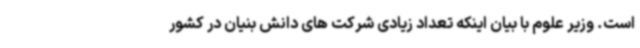
است. وزیر علوم با بیان اینکه تعداد زیادی شرکت های دانش بنیان در کشور